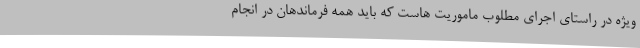
ویژه در راستای اجرای مطلوب ماموریت هاست که باید همه فرماندهان در انجام